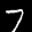
Label: 7